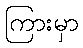
ကြားမှာ